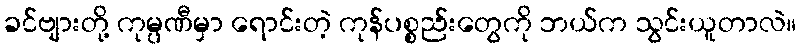
ခင်ဗျားတို့ ကုမ္ပဏီမှာ ရောင်းတဲ့ ကုန်ပစ္စည်းတွေကို ဘယ်က သွင်းယူတာလဲ။